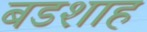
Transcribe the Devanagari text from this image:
बडशाह